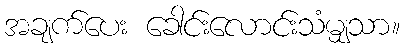
အချက်ပေး ခေါင်းလောင်းသံမျှသာ။